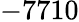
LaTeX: -7710